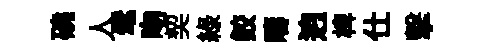
磽人髦吻契綠鲛疇逈椑仕擊